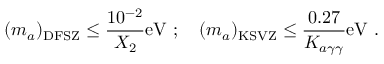
( m _ { a } ) _ { \mathrm { D F S Z } } \leq \frac { 1 0 ^ { - 2 } } { X _ { 2 } } \mathrm { e V } ~ ; ~ ~ ~ ( m _ { a } ) _ { \mathrm { K S V Z } } \leq \frac { 0 . 2 7 } { K _ { a \gamma \gamma } } \mathrm { e V } ~ .